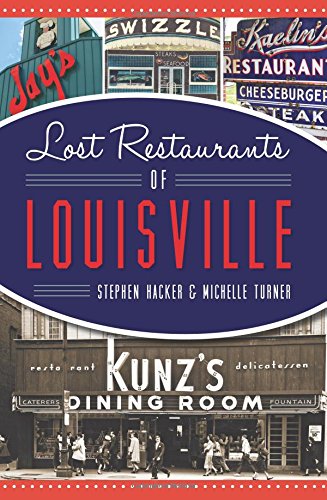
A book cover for Lost Restaurants of Louisville (American Palate); Stephen Hacker; Travel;